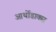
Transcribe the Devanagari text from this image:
आर्थोडाक्स